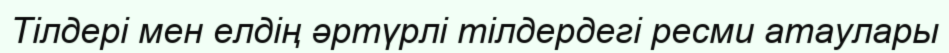
Тілдері мен елдің әртүрлі тілдердегі ресми атаулары